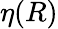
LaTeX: \eta(R)